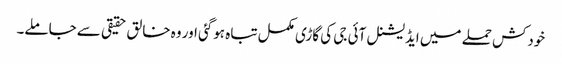
خودکش حملے میں ایڈیشنل آئی جی کی گاڑی مکمل تباہ ہوگئی اور وہ خالق حقیقی سے جاملے۔